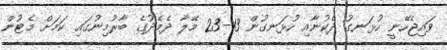
ވައިޖެހޭނީ ހުޅަނގު ދެކުނާއި ހުޅަނގުން 13-23 މޭލާ ދެމެދުގެ ބާރުމިނުގައި ކަމަށް މެޓުން